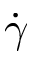
\dot { \gamma }